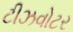
ટીઝવોટર